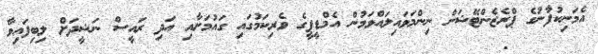
އެމަނިކުފާުނުގެ ޕްރެޒެންޓޭޝަން ނިންމަވައިލައްވަމުން އެމްޑީޕީގެ ވެރިކަމުގައި ގައުމަށާއި އަދި ރައީސް ނަޝީދަށް ލިބިފައިވާ